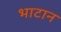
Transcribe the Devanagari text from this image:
भाटान